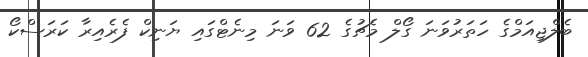
ބެލްޖިއަމްގެ ހަތަރުވަނަ ގޯލް މެޗުގެ 62 ވަނަ މިނެޓްގައި ޔަނިކް ފެރެއިރާ ކަރަސްކޯ